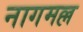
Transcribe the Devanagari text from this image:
नागमल्ल